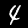
Label: 4